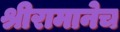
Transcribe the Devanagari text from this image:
श्रीरामानेच